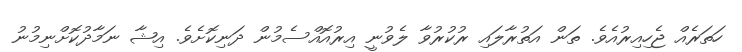
ހަތަރެއް ޖެހިއިރުއެވެ. ތަން އަތުރާލައި ރުކުރުވާ ލެވުނީ އިރުއޮއްސެމުން ދަނިކޮށެވެ. އިޝާ ނަމާދުކޮށްނިމުނު